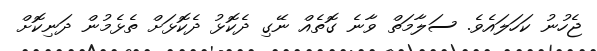
ޖެހުނު ކަހަލައެވެ. ސަލާމަތް ވާނެ ގޮތެއް ނޭގި ދެކޮޅު ދެކޮޅަށް ތެޅެމުން ދަނިކޮށް